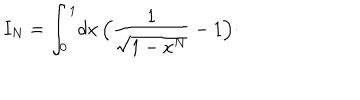
I _ { N } = \int _ { 0 } ^ { 1 } \! d x \, \Bigl ( { \frac { 1 } { \sqrt { 1 - x ^ { N } } } } - 1 \Bigr ) \cdotp